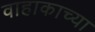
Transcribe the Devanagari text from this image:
वाहाकाच्या